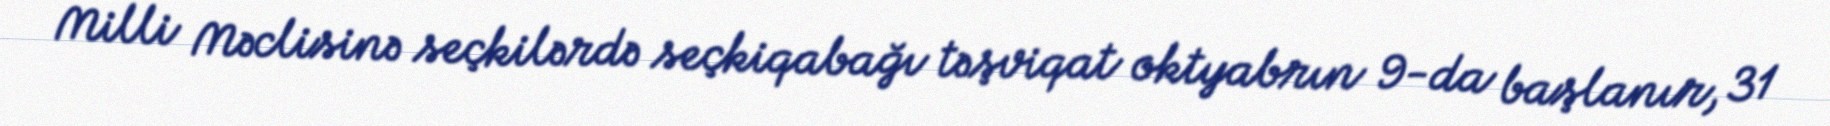
Milli Məclisinə seçkilərdə seçkiqabağı təşviqat oktyabrın 9-da başlanır, 31